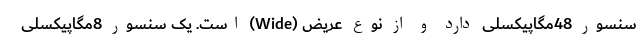
سنسور 48مگاپیکسلی دارد و از نوع عریض (Wide) است. یک سنسور 8مگاپیکسلی